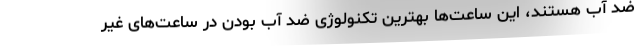
ضد آب هستند، این ساعت‌ها بهترین تکنولوژی ضد آب بودن در ساعت‌های غیر